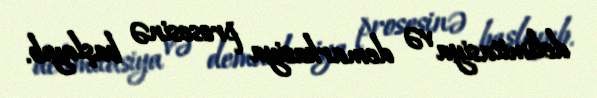
delimitasiya və demarkasiya prosesinə başlayıb.